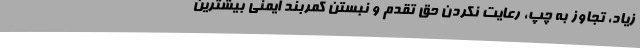
زیاد، تجاوز به چپ، رعایت نکردن حق تقدم و نبستن کمربند ایمنی بیشترین